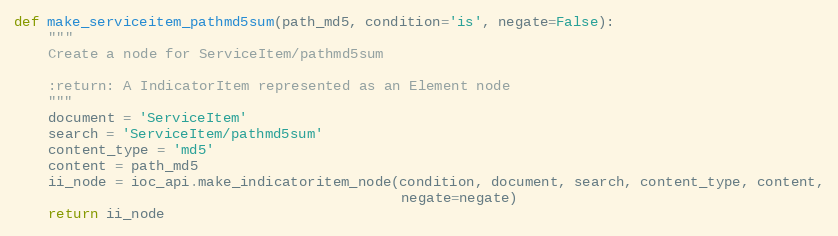
Language: Python
def make_serviceitem_pathmd5sum(path_md5, condition='is', negate=False):
    """
    Create a node for ServiceItem/pathmd5sum

    :return: A IndicatorItem represented as an Element node
    """
    document = 'ServiceItem'
    search = 'ServiceItem/pathmd5sum'
    content_type = 'md5'
    content = path_md5
    ii_node = ioc_api.make_indicatoritem_node(condition, document, search, content_type, content,
                                              negate=negate)
    return ii_node